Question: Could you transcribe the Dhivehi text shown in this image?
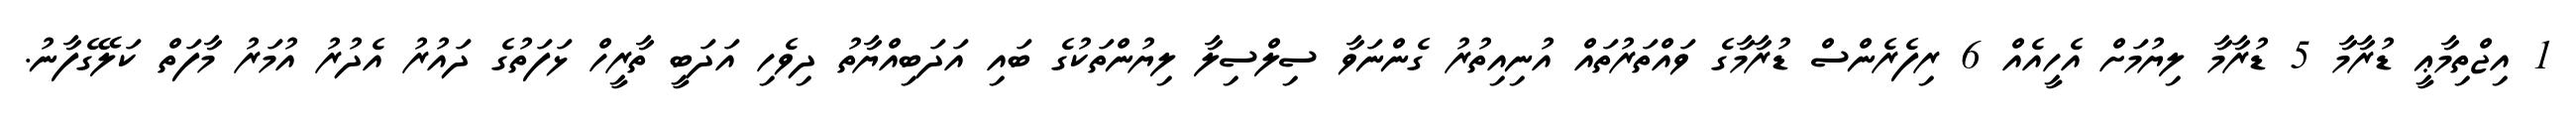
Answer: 1 އިޖްތިމާޢީ ޑުރާމާ 5 ޑުރާމާ ލިޔުމަށް އެހީއެއް 6 ރިފެރެންސް ޑުރާމާގެ ވައްތަރުތައް އުނިއިތުރު ގެންނަވާ ސިލްސިލާ ލިޔުންތަކުގެ ބައި އަދަބިއްޔާތު ދިވެހި އަދަބީ ތާރީހް ޅަފަތުގެ ދައުރު އެދުރު އުމަރު މާފަތް ކަލޭގެފާނު.